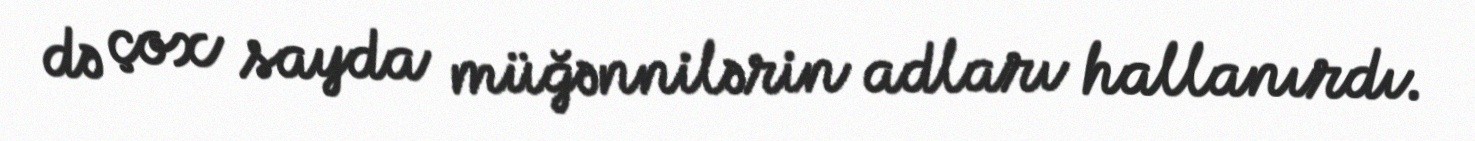
də çox sayda müğənnilərin adları hallanırdı.